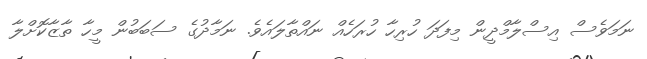
ނަމަވެސް އިސްލާމްދީން މިފަދަ ހުރިހާ ހުރަހެއް ނައްތާލައެވެ. ނަމާދުގެ ސަބަބުން މީހާ ތާޒާކޮށްލާ